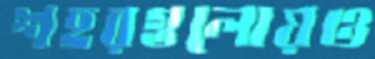
শহরগুলোয়ও